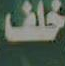
خلف